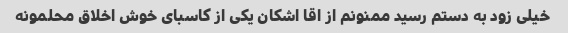
خیلی زود به دستم رسید ممنونم از اقا اشکان یکی از کاسبای خوش اخلاق محلمونه